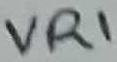
Text: VR1